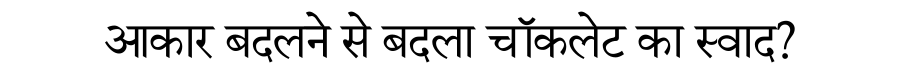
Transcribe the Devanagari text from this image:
आकार बदलने से बदला चॉकलेट का स्वाद?